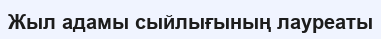
Жыл адамы сыйлығының лауреаты